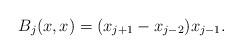
LaTeX: \begin{align*}B_j(x,x) = (x_{j+1} - x_{j-2})x_{j-1}.\end{align*}